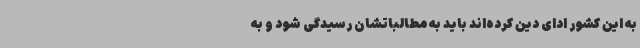
به این کشور ادای دین کرده‌اند باید به مطالباتشان رسیدگی شود و به